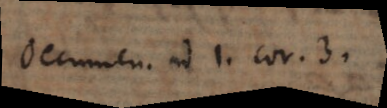
Oecumen. ad. 1. Cor. 3.